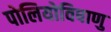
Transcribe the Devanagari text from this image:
पोलियोविषाणु